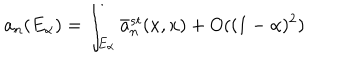
LaTeX: a _ { n } ( E _ { \alpha } ) = \int _ { E _ { \alpha } } \bar { a } _ { n } ^ { s t } ( x , x ) + O ( ( 1 - \alpha ) ^ { 2 } )